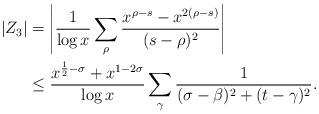
LaTeX: \begin{align*} |Z_3| &= \left| \frac{1}{\log x}\sum_{\rho}\frac{x^{\rho-s}-x^{2(\rho-s)}}{(s-\rho)^2} \right| \\ &\leq \frac{x^{\frac{1}{2}-\sigma}+x^{1-2\sigma}}{\log x} \sum_{\gamma}\frac{1}{(\sigma-\beta)^2+(t-\gamma)^2}. \end{align*}